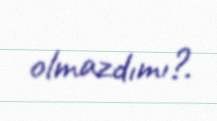
olmazdımı?.